Lunatic asylums Central Provinces reports 1895-1909 - 1895-1909
Year: 1895
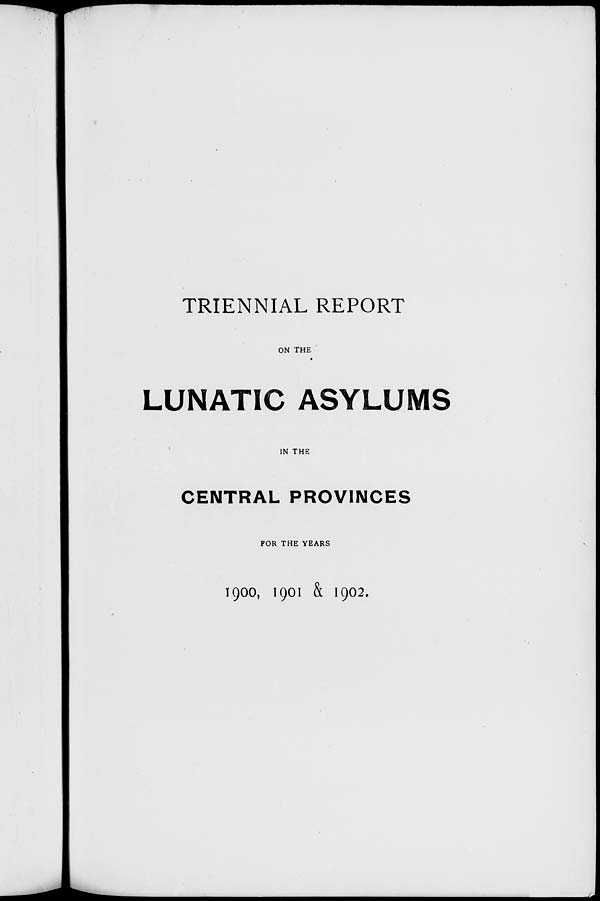
TRIENNIAL REPORT
ON THE
LUNATIC ASYLUMS
IN THE
CENTRAL PROVINCES
FOR THE YEARS
1900, 1901 & 1902.